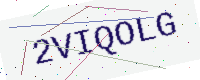
Text: 2VIQOLG